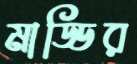
মাড্ডির